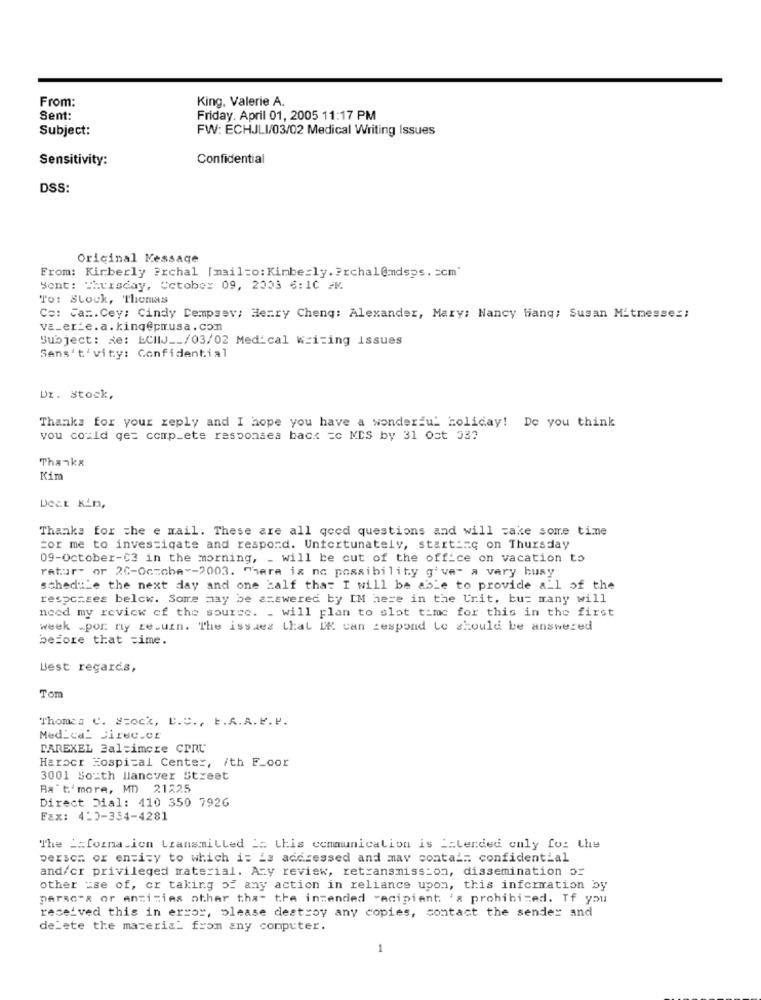
From:
King, Valerie A.
Sent:
Friday. April 01, 2005 11:17 PM
Subject:
FW: ECHJLI/03/02 Medical Writing Issues
Sensitivity:
Confidential
DSS:
Original Message
From: Kirberly Prchal [mail=o: Kimberly. ? rchal@mdsps. Ecm"
Sent: Thursday, Cetobor 09, 2003 6:10 /K
To: Stock, Thomas
Ce: Tar. Cey; Cindy Dempsey; Henry Chenq: Alexander, Mary: Nancy Hanq; Susan Mitmesses:
va_er_e.a.king@prusa.com
Subject: Re: LCIIJ __ /03/02 Medical Writing issues
Sans't'vity: Confidential
Dr. Stock,
Thanks for your reply and I hope you have a wonderful holiday! De you think
you could get comp_ete responses back =c MDS by 31 Ost 53?
Thanka
Kim
Dear Kin,
Thanks for the e mail. These are all goed questions and will take some time
For me to investigate and respond. Unfortunately, start _= q on Thursday
09-October-C3 in the morning, _ will be cut of the office on vacation to
ratur" or 20-October-2003. There is no possibility g've- a very busy
schedule the next day and one half that I will be able to provide all of the
responses below. Some may be a=swered by IM here in the Crit, bu= many will
need my review of the source. _ will plan to slot time for this in the first
week -por ny re.uin. The issues that IM can zespond Le should be answered
before that =ime.
Best regards,
Tom
Thomas C. Stock, C.C ., E.A. A. V. P.
Medical Director
DAREXEL Baltimore CPRU
Harocr Hospital Center, /th F_oor
3001 South llancver Street
Ba' t'more, MD) 21225
Direct Dial: 410 350 7926
Fax: 4-3-334-4281
The _: forna.ion transmitted is this communication is icLerded only for the
person or entity to which it is addressed and may contain confidential
and/or privileged material. Any review, retransmission, dissemination or
other use of, or taking of any action in reliance upon, this information by
parsers or anzizies other that the intended "acipient 'x prohibited. If you
received this in error, please destroy any copies, contact the sender and
delete the material from any computer.
1